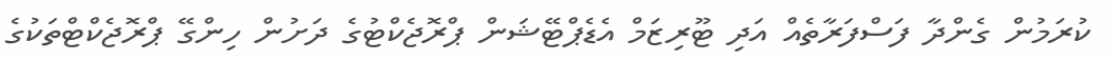
ކުރަމުން ގެންދާ ފަސްފަރާތެއް އަދި ޓޫރިޒަމް އެޑެޕްޓޭޝަން ޕްރޮޖެކްޓުގެ ދަށުން ހިންގޭ ޕްރޮޖެކްޓްތަކުގެ